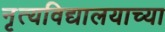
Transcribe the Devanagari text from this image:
नृत्यविद्यालयाच्या